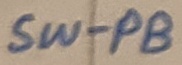
Text: SW-PB